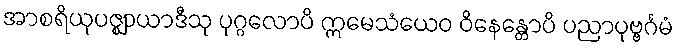
အာစရိယုပဇ္ဈာယာဒီသု ပုဂ္ဂလောပိ ဣမေသံယေဝ ဝိနေန္တောပိ ပညာပုဗ္ဗင်္ဂမံ